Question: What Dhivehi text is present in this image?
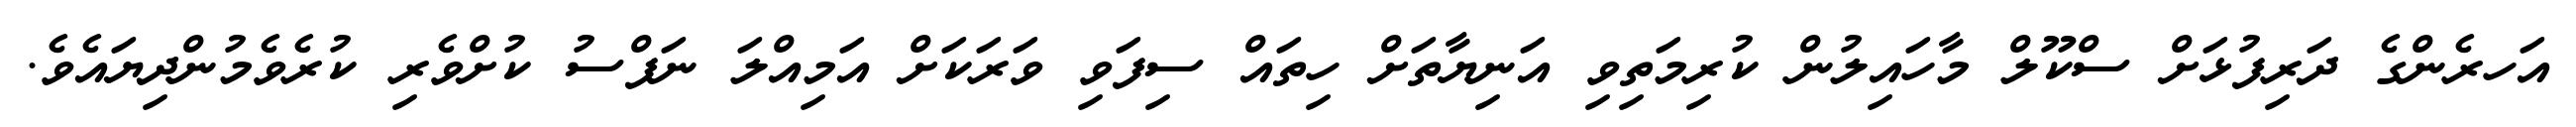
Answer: އަހރެންގެ ދަރިފުޅަށް ސްކޫލް މާހައިލުން ކުރިމަތިވި އަނިޔާތަށް ހިތައް ސިފަވި ވަރަކަށް އަމިއްލަ ނަފްސު ކުށްވެރި ކުރެވެމުންދިޔައެވެ.